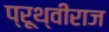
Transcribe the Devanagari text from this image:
प्रूथ्‍वीराज